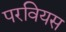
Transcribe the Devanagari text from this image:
परवियस